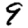
Digit: 9